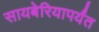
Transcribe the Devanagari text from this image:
सायबेरियापर्यंत